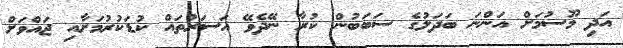
އަދި މޫސުމަށް އަންނަ ބަދަލުގެ ސަބަބުން ކުރާ ނޭދެވޭ އަސަރުތައް ކުޑަކުރުމަށާއި ޖައްވަށް